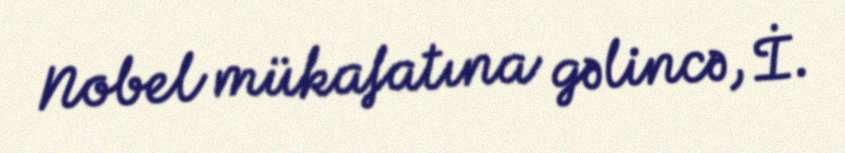
Nobel mükafatına gəlincə, İ.